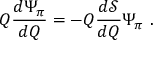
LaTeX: Q \frac { d \Psi _ { \pi } } { d Q } = - Q \frac { d { \mathcal S } } { d Q } \Psi _ { \pi } \ .